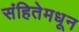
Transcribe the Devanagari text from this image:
संहितेमधून